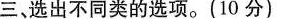
三,选出不同类的选项.(10 分)